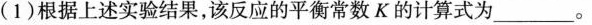
(1)根据上述实验结果，该反应的平衡常数K的计算式为____。